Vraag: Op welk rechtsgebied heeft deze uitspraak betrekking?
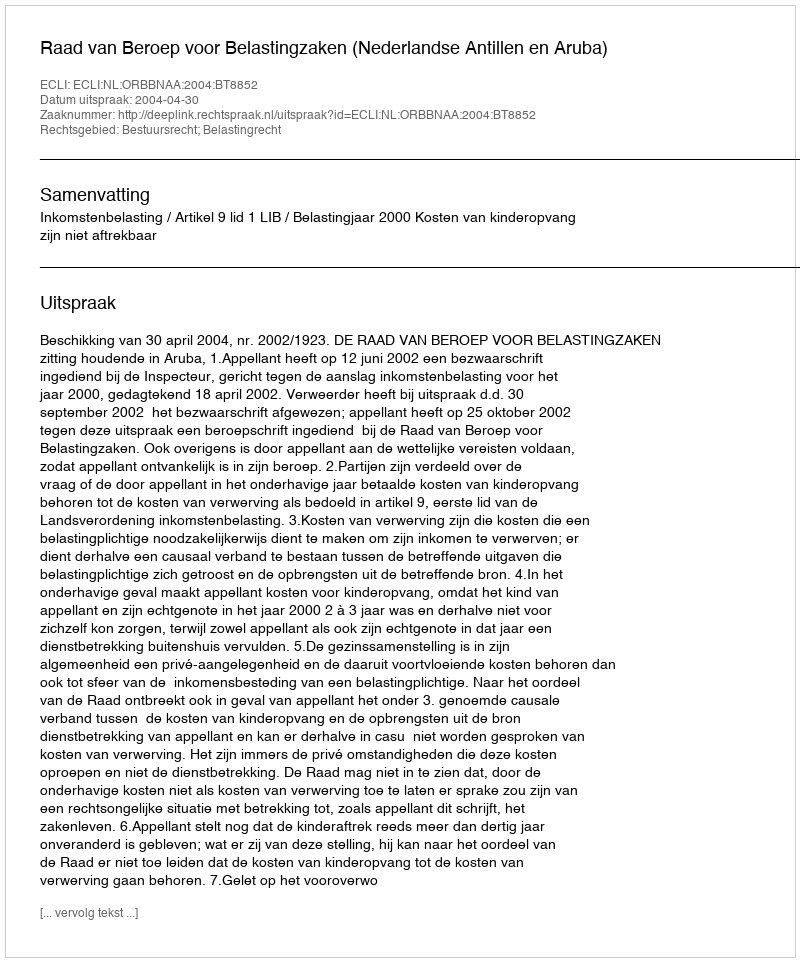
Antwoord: Bestuursrecht; Belastingrecht